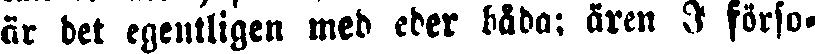
är det egentligen med eder båda: ären I förso-